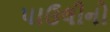
પાઉલીનો